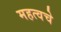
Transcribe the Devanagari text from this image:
महत्वचे